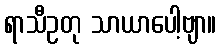
ရာသီဥတု သာယာပေါ့ဗျာ။